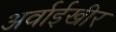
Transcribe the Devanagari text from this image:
अर्वाईखीर